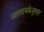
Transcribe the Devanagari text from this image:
आवश्यकेनुसार